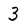
Character: 3